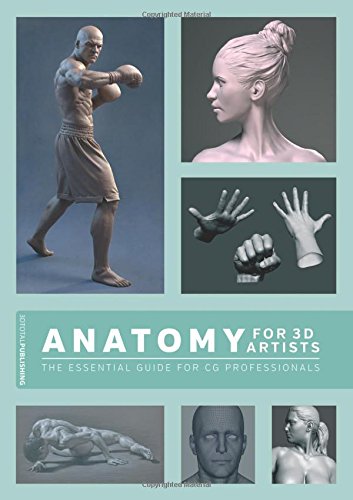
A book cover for Anatomy for 3D Artists: The Essential Guide for CG Professionals; Chris Legaspi; Arts & Photography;